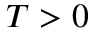
T > 0